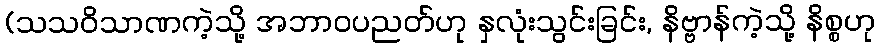
(သသဝိသာဏကဲ့သို့ အဘာဝပညတ်ဟု နှလုံးသွင်းခြင်း, နိဗ္ဗာန်ကဲ့သို့ နိစ္စဟု